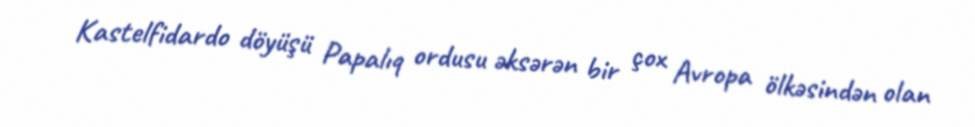
Kastelfidardo döyüşü Papalıq ordusu əksərən bir çox Avropa ölkəsindən olan